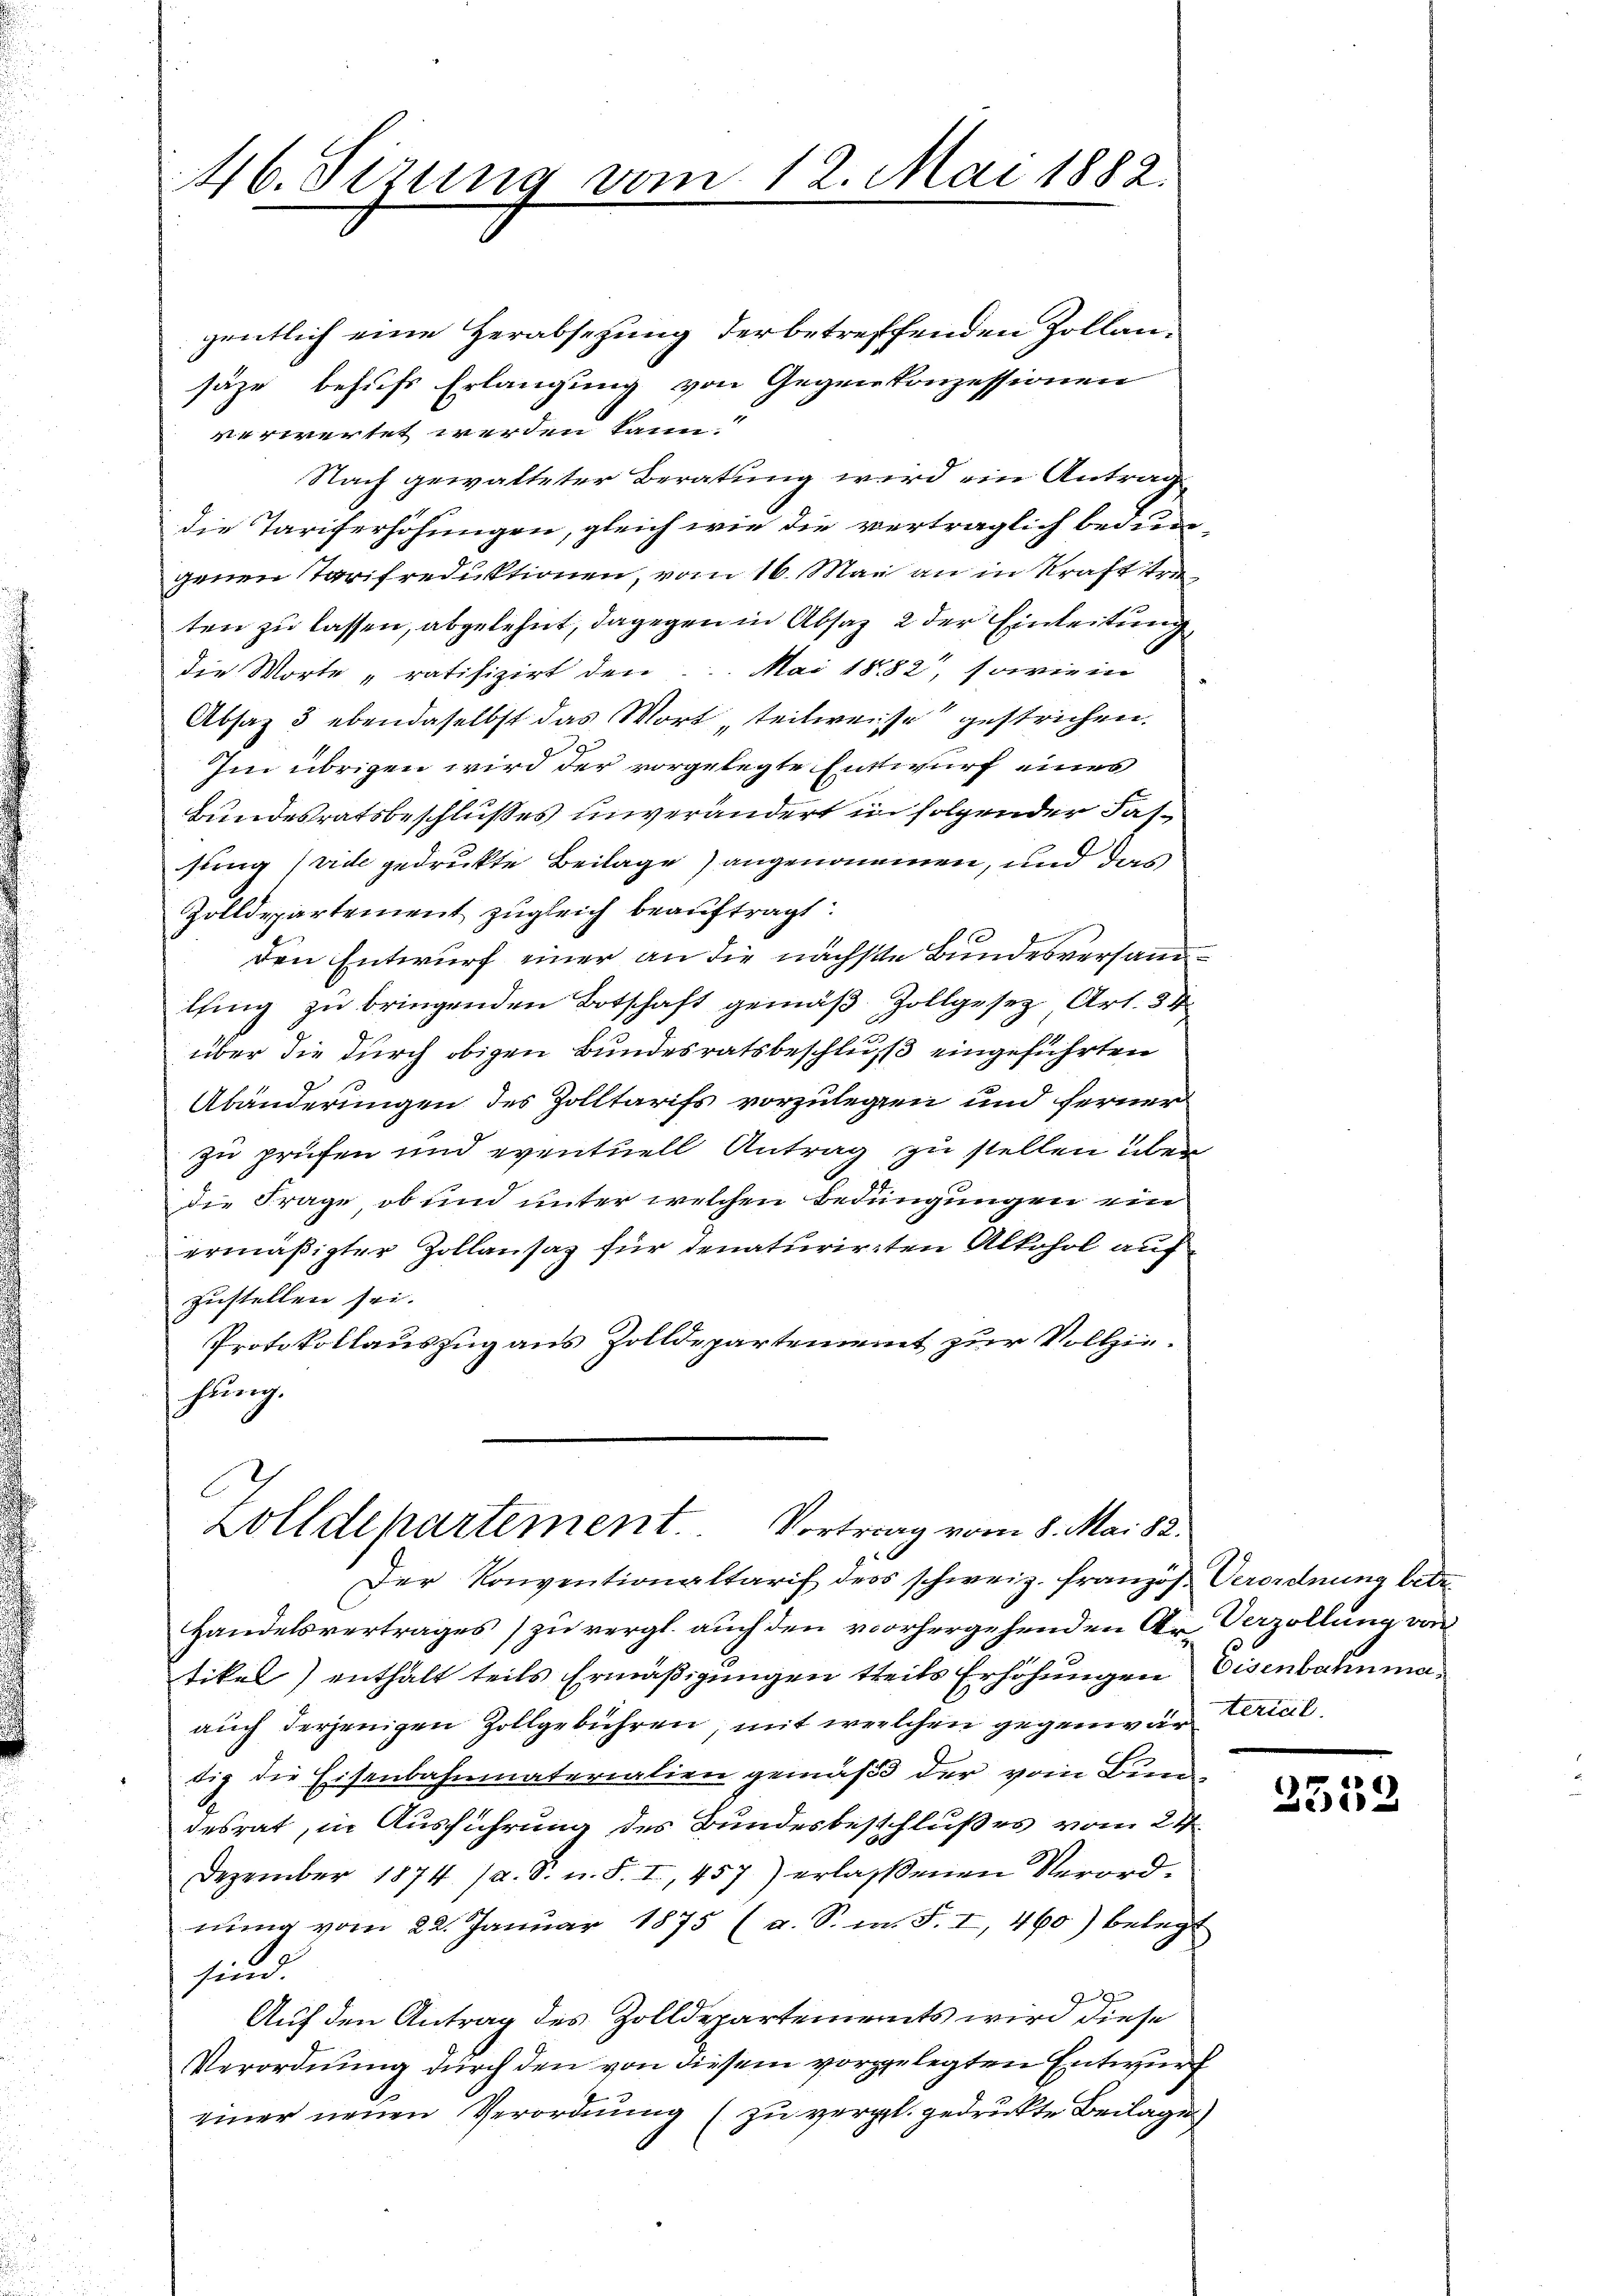
46. Sizung vom 12. Mai 1882.

gentlich eine Herabsetzung der betreffenden Zollansäze behufs Erlangung von Gegenkonzessionen
verwertet werden kann
Nach gewalteter Beratung wird ein Antrag
die Tariferhöhungen, gleich wie die verträglich bedungenen Tarifreduktionen, vom 16. Mai an in Kraft treten zu lassen, abgelehnt, dagegen in Absaz 2 der Einleitung
die Worte „ratifizirt den ... Mai 1882, sowie in
Absaz 3 ebendaselbst das Wort teilweise gestrichen.
Im übrigen wird der vorgelegte Entwurf eines
Bundesratsbeschlußes unverändert in folgender Fassung (vide gedruckte Beilage) angenommen, und das
Zolldepartement zugleich beauftragt.
den Entwurf einer an die nächste Bundesversammlung zu bringenden Botschaft gemäß Zollgesetz Art. 34
über die durch obigen Bundesratsbeschluß eingeführten
Abänderungen des Zolltarifs vorzulegen und ferner
zu prüfen und eventuell Antrag zu stellen über
die Frage, ob und unter welchen Bedingungen ein
ermäßigter Zollansaz für denaturirten Alkohol aufzustellen sei.
Protokollauszug aus Zolldepartement zur Vollziehung.
E
Zolldepartement. Vortrag vom 8. Mai 82.
Der Konventionaltarif ders schweiz. Französ. Verordnung betre
Handelsvertrages) zu vergl. auch den vorhergehenden Ar Verzollung an
tikel) enthalt teils Ermäßigungen theils Erhöhungen Eisenbahnmaauch derjenigen Zollgebühren, mit welchen gegenwärteriel
tig die Eisenbahnmaterialien gemäß der vom Bundesrat, in Ausführung des Bundesbeschlußes vom 24.
Dezember 1874. (a. S. u. S. I, 457) erlassenen Verordnung vom 22. Januar 1875 (a. S. m. F. I, 460) belegt
sind.
Im Gen
Auf den Antrag des Zolldepartements wird diese
Verordnung durch den von diesem vorgelegten Entwurf
einer neuen Verordnung (zu vergl. gedruckte Beilage

2559